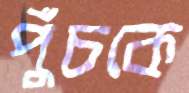
পুঁচকে